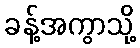
ခန့်အကွာသို့